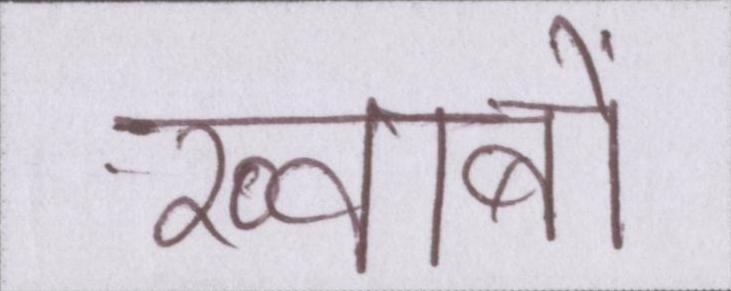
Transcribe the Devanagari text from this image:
ख़्वाबों